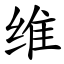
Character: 维